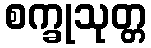
စက္ခုသုတ္တ